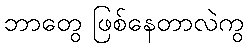
ဘာတွေ ဖြစ်နေတာလဲကွ